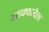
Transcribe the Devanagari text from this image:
आक्वारेल